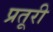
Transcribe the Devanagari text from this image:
प्रतूरी